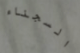
السجناء